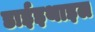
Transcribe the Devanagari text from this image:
डाईइथाइल